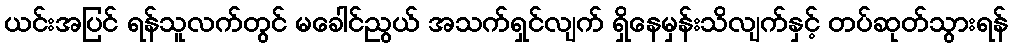
ယင်းအပြင် ရန်သူလက်တွင် မခေါင်ညွယ် အသက်ရှင်လျက် ရှိနေမှန်းသိလျက်နှင့် တပ်ဆုတ်သွားရန်